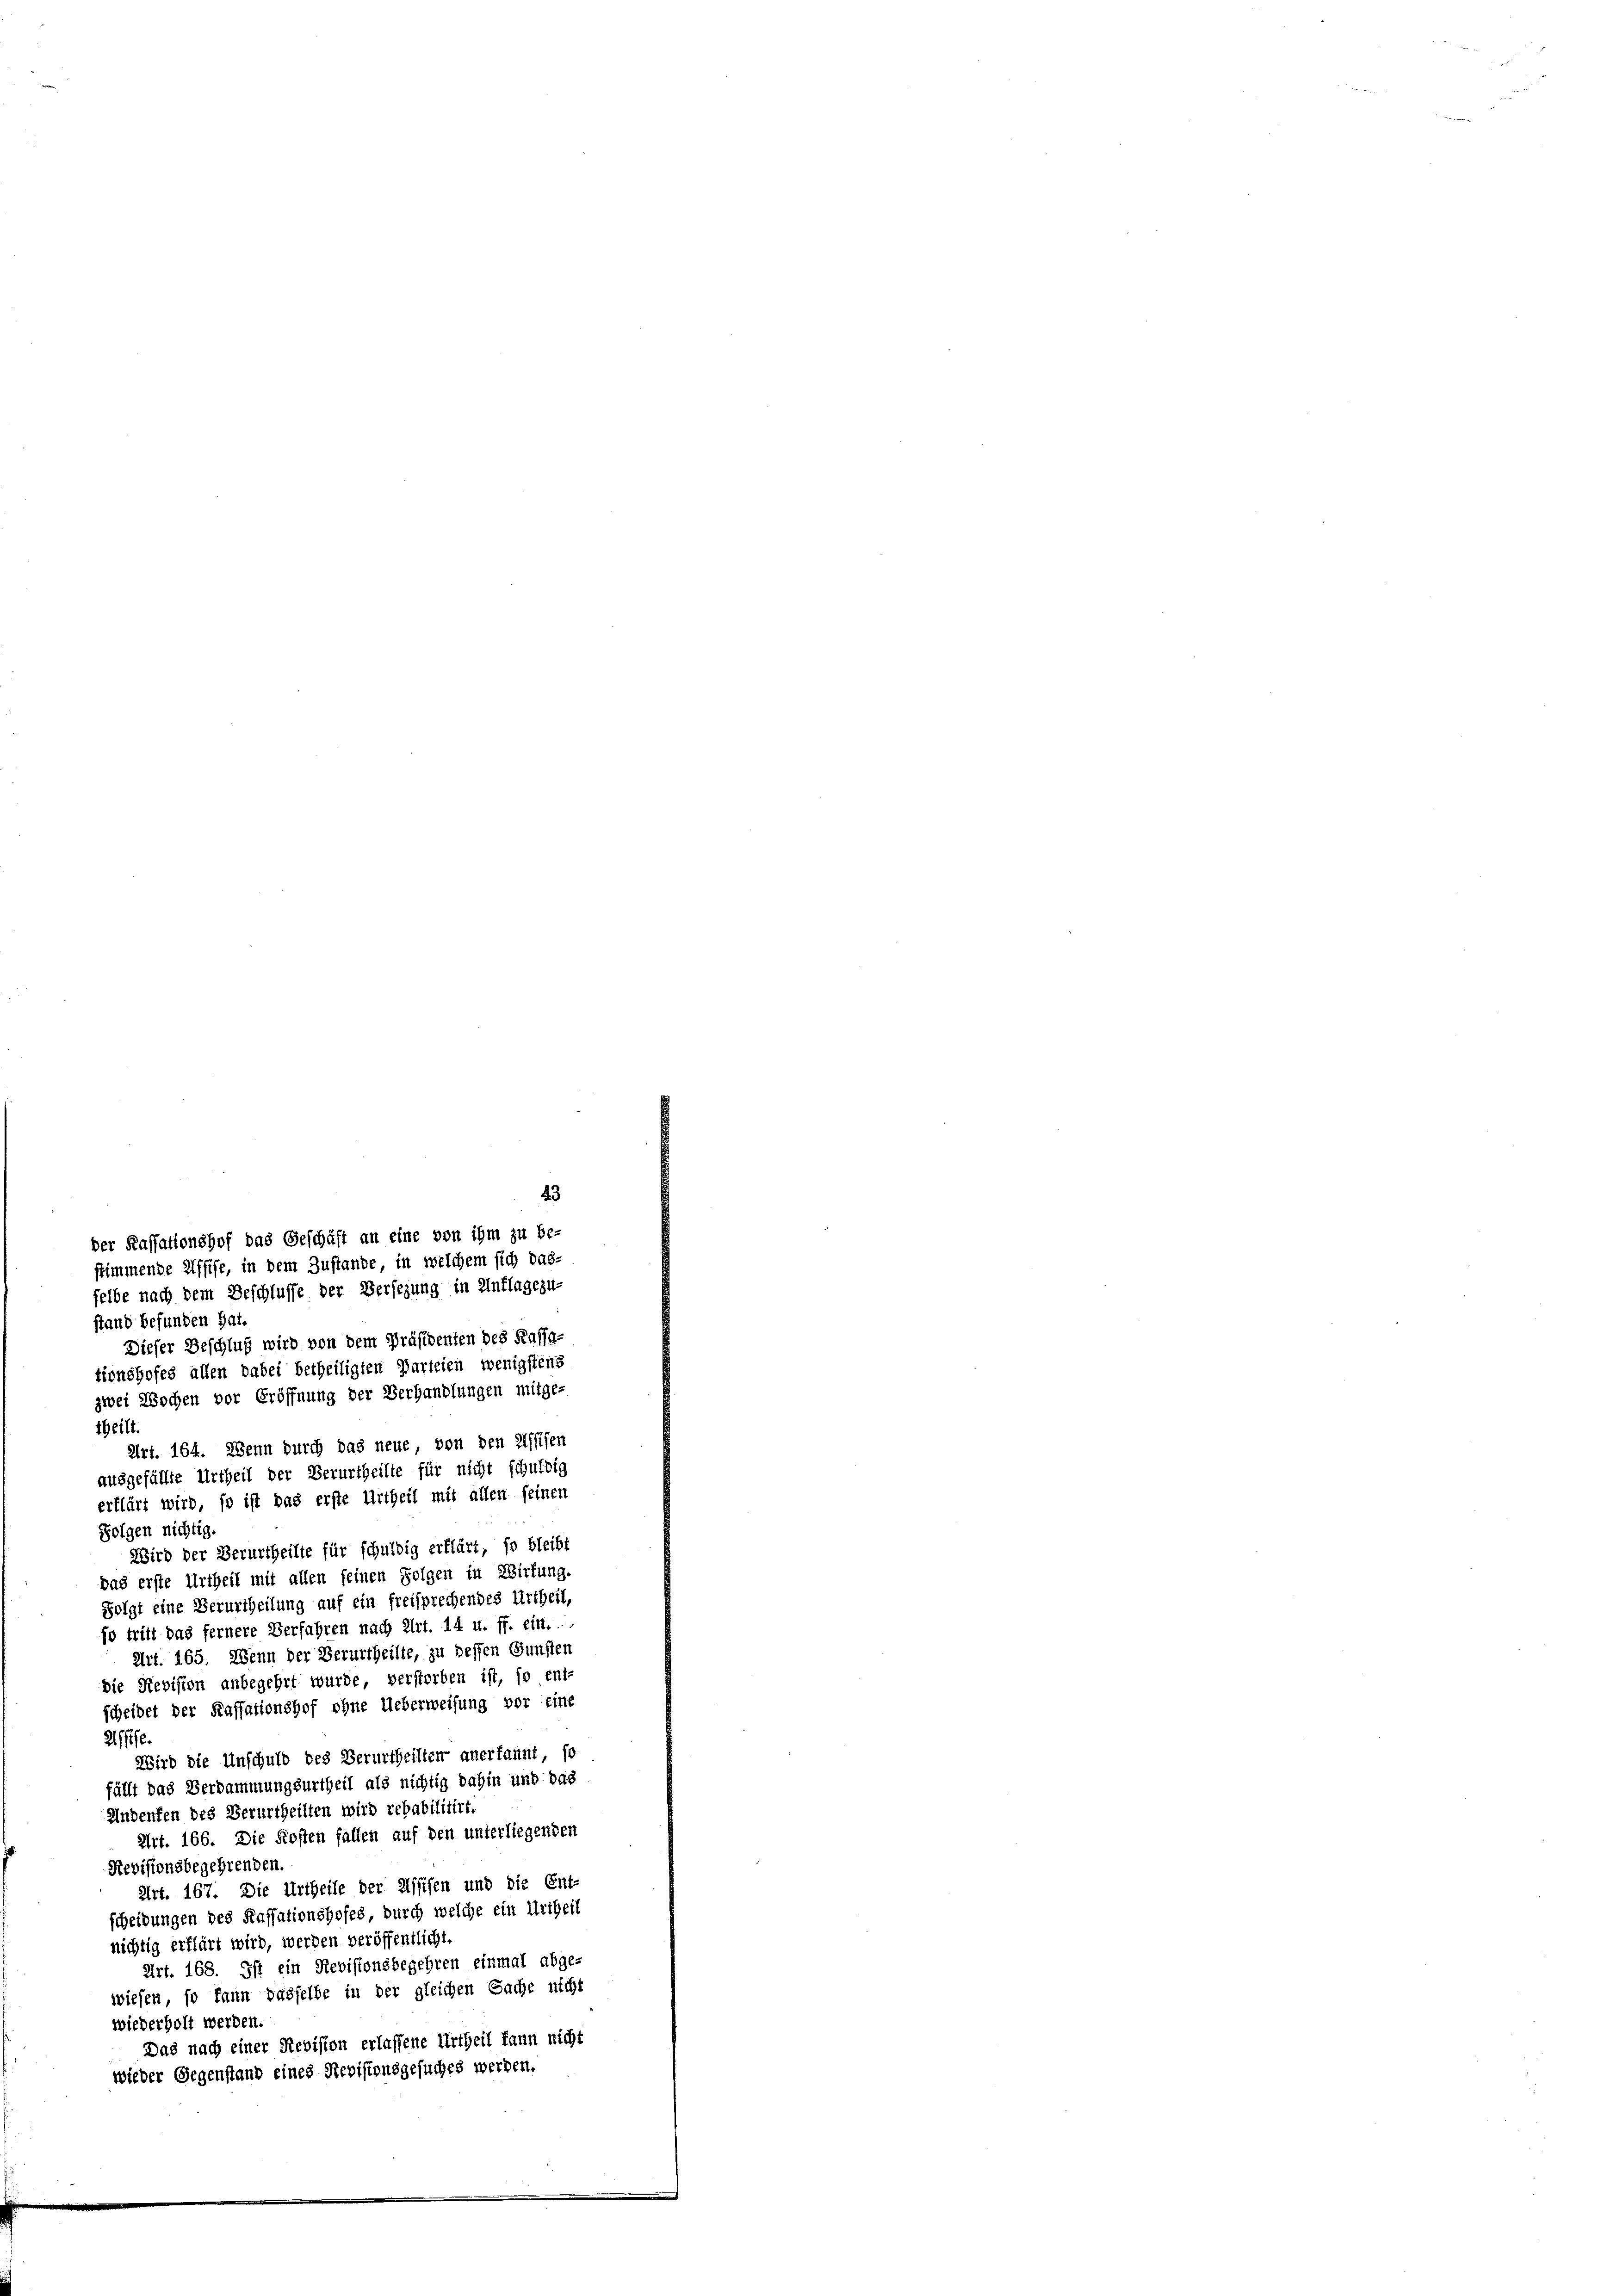
stand befunden hat.
Dieser Beschluß wird von dem Präsidenten des Kassa
tionshofes allen dabei betheiligten Parteien, wenigstens
theilt.
erklärt wird, so ist das erste Urtheil mit allen seinen
Folgen nichtig.
Wird der Verurtheilte für schuldig erklärt, so bleibt
das erste Urtheil mit allen seinen Folgen in Wirkung
Folgt eine Verurtheilung auf ein freisprechendes Urtheil,
so tritt das fernere Verfahren nach Art. 14 u. ff. ein. .
Urt. 165. Wenn der Verurtheilte, zu dessen Gunsten
die Revision anbegehrt wurde, verstorben ist, so ent-
scheidet der Kassationshof ohne Ueberweisung vor eine
2ffe.
Wird die Unschuld des Verurtheilten anerkannt so
fällt das Verdammungsurtheil als nichtig dahin und das
Andenten des Verurtheilten wird rehabilitirt.
Art. 166. Die Kosten fallen auf den unterliegenden
Revisionsbegehrenden.
Art. 167. Die Urtheile der Assifen und die Ent-
scheidungen des Kassationshofes durch welche ein Urtheil
nichtig erklärt wird, werden veröffentlicht.
Art. 168. Ist ein Revisionsbegehren einmal abge-
wiesen, so kann dasselbe in der gleichen Sache nicht
wiederholt werden.
Das nach einer Revision erlassene Urtheil kann nicht
wieder Gegenstand eines Revisionsgesuches werden.

der Kassationshof das Geschäft an eine von ihm zu be-
stimmende Affise, in dem Zustande in welchem sich das-
selbe nach dem Beschlusse der Versezung in Unflagezu-

zwei Wochen vor Eröffnung der Verhandlungen mitge-
Art. 164. Wenn durch das neue, von den Assifen
ausgefällte Urtheil der Verurtheilte für nicht schuldig

43